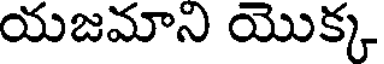
యజమాని యొక్క